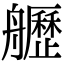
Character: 𦪾